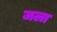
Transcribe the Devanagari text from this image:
जला